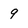
Character: 9